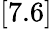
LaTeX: [7.6]